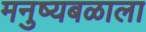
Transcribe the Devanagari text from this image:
मनुष्यबळाला